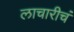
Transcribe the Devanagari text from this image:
लाचारीचं